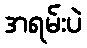
အရမ်းပဲ